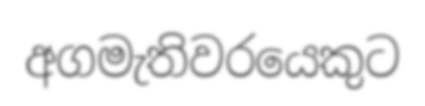
අගමැතිවරයෙකුට